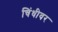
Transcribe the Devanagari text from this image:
चिंधीवर